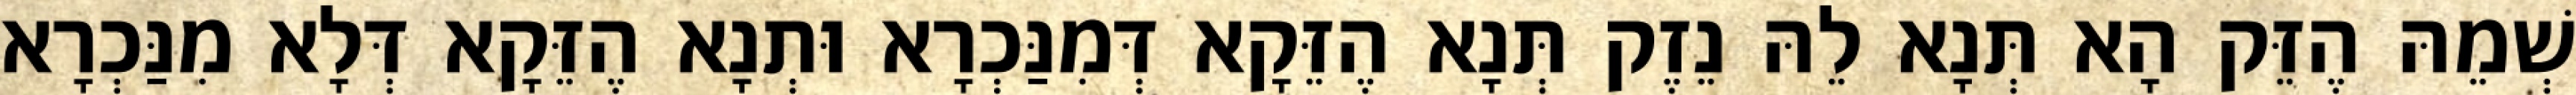
שְׁמֵהּ הֶזֵּק הָא תְּנָא לֵהּ נֵזֶק תְּנָא הֶזֵּקָא דְּמִנַּכְרָא וּתְנָא הֶזֵּקָא דְּלָא מִנַּכְרָא